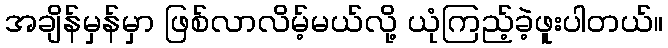
အချိန်မှန်မှာ ဖြစ်လာလိမ့်မယ်လို့ ယုံကြည့်ခဲ့ဖူးပါတယ်။